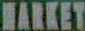
MARKET